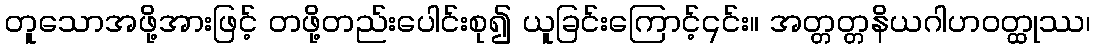
တူသောအဖို့အားဖြင့် တဖို့တည်းပေါင်းစု၍ ယူခြင်းကြောင့်၎င်း။ အတ္တတ္တနိယဂါဟဝတ္ထုဿ၊